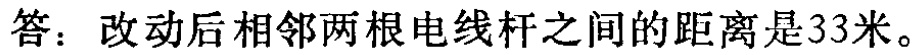
答：改动后相邻两根电线杆之间的距离是33米。